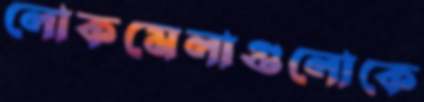
লোকমেলাগুলোকে